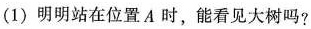
(1)明明站在位置A时，能看见大树吗?